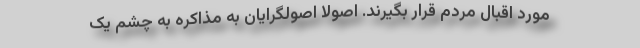
مورد اقبال مردم قرار بگیرند. اصولا اصولگرایان به مذاکره به چشم یک